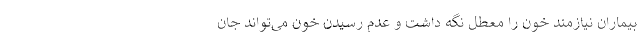
بیماران نیازمند خون را معطل نگه داشت و عدم رسیدن خون می‌تواند جان